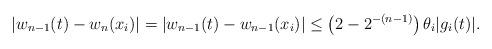
LaTeX: \begin{align*}|w_{n-1} (t) - w_n (x_i)| = |w_{n-1}(t) - w_{n-1}(x_i)| \leq \left( 2- 2^{-(n-1)}\right) \theta_i |g_i (t)|.\end{align*}